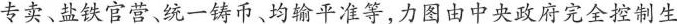
专卖、盐铁官营、统一铸币、均输平准等,力图由中央政府完全控制生